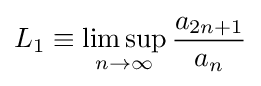
L_{1}\equiv \limsup _{n\rightarrow \infty }{\frac {a_{2n+1}}{a_{n}}}